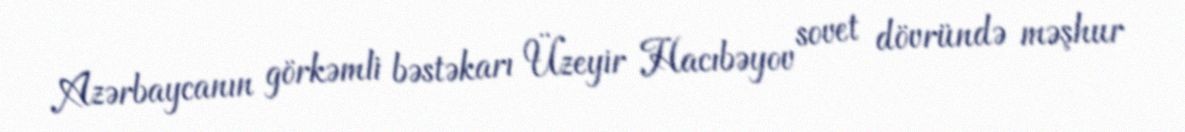
Azərbaycanın görkəmli bəstəkarı Üzeyir Hacıbəyov sovet dövründə məşhur